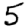
Digit: 5